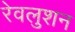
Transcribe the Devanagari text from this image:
रेवलुशन